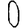
Digit: 0